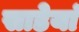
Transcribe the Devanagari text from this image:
साडेयां